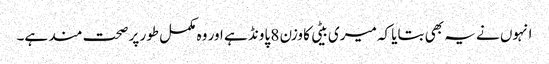
انہوں نے یہ بھی بتایا کہ میری بیٹی کا وزن 8 پاونڈ ہے اور وہ مکمل طور پر صحت مند ہے۔